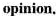
opinion.